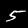
Label: 5